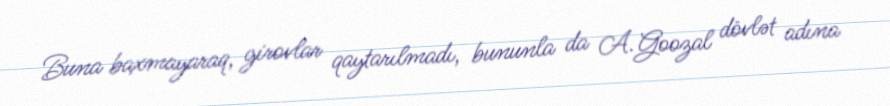
Buna baxmayaraq, girovlar qaytarılmadı, bununla da A.Goozal dövlət adına